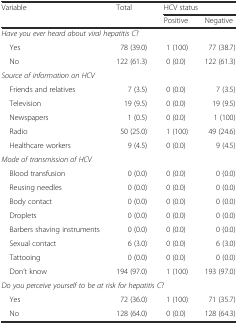
<table><thead><tr><td rowspan="2"><b>Variable</b></td><td rowspan="2"><b>Total</b></td><td colspan="2"><b>HCV status</b></td></tr><tr><td><b>Positive</b></td><td><b>Negative</b></td></tr></thead><tbody><tr><td colspan="3"><i>Have you ever heard about viral hepatitis C</i>?</td><td></td></tr><tr><td> Yes</td><td>78 (39.0)</td><td>1 (100)</td><td>77 (38.7)</td></tr><tr><td> No</td><td>122 (61.3)</td><td>0 (0.0)</td><td>122 (61.3)</td></tr><tr><td colspan="2"><i>Source of information on HCV</i></td><td></td><td></td></tr><tr><td> Friends and relatives</td><td>7 (3.5)</td><td>0 (0.0)</td><td>7 (3.5)</td></tr><tr><td> Television</td><td>19 (9.5)</td><td>0 (0.0)</td><td>19 (9.5)</td></tr><tr><td> Newspapers</td><td>1 (0.5)</td><td>0 (0.0)</td><td>1 (100)</td></tr><tr><td> Radio</td><td>50 (25.0)</td><td>1 (100)</td><td>49 (24.6)</td></tr><tr><td> Healthcare workers</td><td>9 (4.5)</td><td>0 (0.0)</td><td>9 (4.5)</td></tr><tr><td colspan="2"><i>Mode of transmission of HCV</i></td><td></td><td></td></tr><tr><td> Blood transfusion</td><td>0 (0.0)</td><td>0 (0.0)</td><td>0 (0.0)</td></tr><tr><td> Reusing needles</td><td>0 (0.0)</td><td>0 (0.0)</td><td>0 (0.0)</td></tr><tr><td> Body contact</td><td>0 (0.0)</td><td>0 (0.0)</td><td>0 (0.0)</td></tr><tr><td> Droplets</td><td>0 (0.0)</td><td>0 (0.0)</td><td>0 (0.0)</td></tr><tr><td> Barbers shaving instruments</td><td>0 (0.0)</td><td>0 (0.0)</td><td>0 (0.0)</td></tr><tr><td> Sexual contact</td><td>6 (3.0)</td><td>0 (0.0)</td><td>6 (3.0)</td></tr><tr><td> Tattooing</td><td>0 (0.0)</td><td>0 (0.0)</td><td>0 (0.0)</td></tr><tr><td> Don’t know</td><td>194 (97.0)</td><td>1 (100)</td><td>193 (97.0)</td></tr><tr><td colspan="3"><i>Do you perceive yourself to be at risk for hepatitis C</i>?</td><td></td></tr><tr><td> Yes</td><td>72 (36.0)</td><td>1 (100)</td><td>71 (35.7)</td></tr><tr><td> No</td><td>128 (64.0)</td><td>0 (0.0)</td><td>128 (64.3)</td></tr></tbody></table>